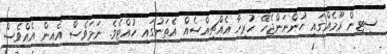
ސިޓިން ރޫމެއްގައި ހުންނަންޖެހޭ ހުރިހާ އެއްޗިއްސެއް އެތަނުގައި ހުއްޓެވެ. ނަމަވެސް އެއިން އެއްވެސް